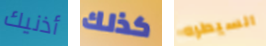
أذنيك كذلك السيطره